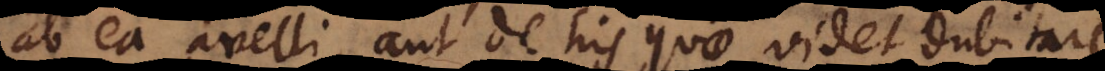
ab ea avelli, aut de his quae videt dubitare.